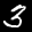
Label: 3